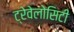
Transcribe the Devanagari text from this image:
ट्रेवेलोसिटी